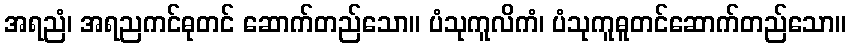
အရညံ၊ အရညကင်ဓုတင် ဆောက်တည်သော။ ပံသုကူလိကံ၊ ပံသုကူဓူတင်ဆောက်တည်သော။